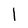
Character: l